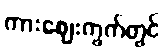
ကားဈေးကွက်တွင်